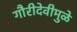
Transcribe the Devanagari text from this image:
गौरीदेवीमुळे